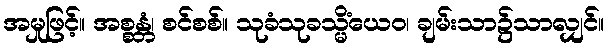
အမှုဖြင့်။ အစ္စန္တံ၊ စင်စစ်။ သုခံသုခသ္မိံယေဝ၊ ချမ်းသာ၌သာလျှင်။